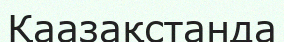
Қаазақстанда